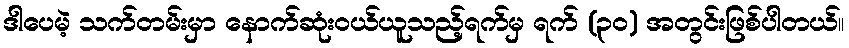
ဒါပေမဲ့ သက်တမ်းမှာ နောက်ဆုံးဝယ်ယူသည့်ရက်မှ ရက် (၃၀) အတွင်းဖြစ်ပါတယ်။